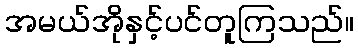
အမယ်အိုနှင့်ပင်တူကြသည်။